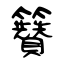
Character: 籫